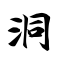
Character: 洞